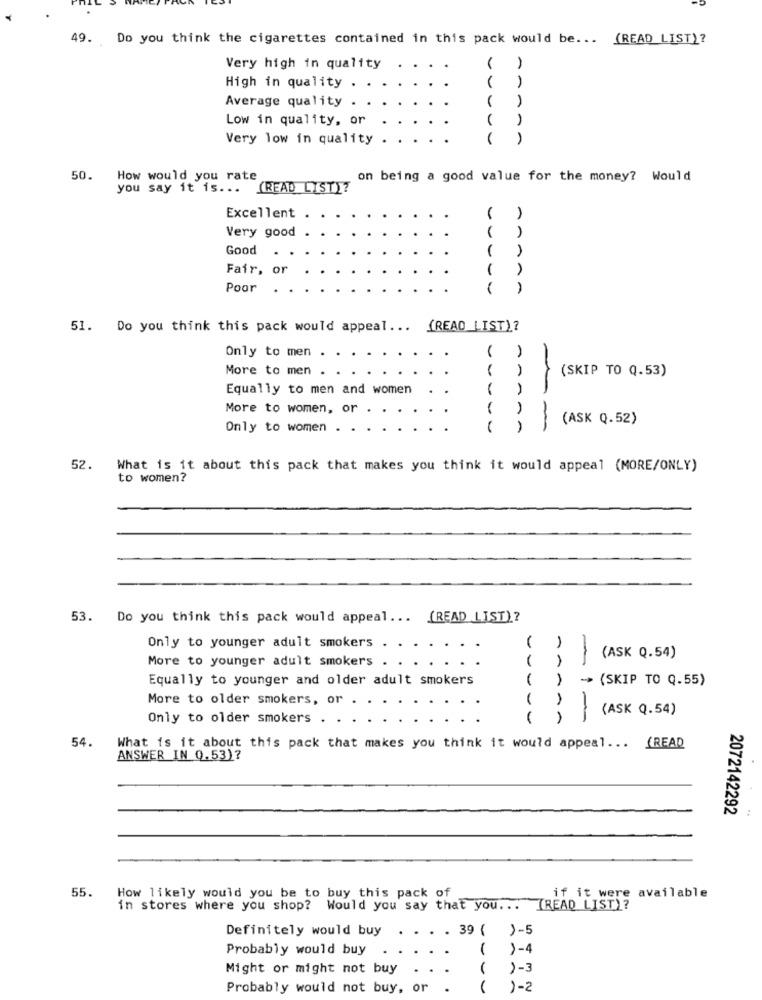
49.
Do you think the cigarettes contained in this pack would be ...
(READ_LIST)?
Very high in quality
High in quality
Average quality
Low in quality, or
Very low in quality
50. How would you rate
on being a good value for the money? Would
you say it is ...
(READ LIST)?
Excellent
Very good
Good
-
Fair, or
-
Poor
51. Do you think this pack would appeal ...
(READ_LIST)?
Only to men
More to men .
(SKIP TO Q.53)
Equally to men and women
-
-
More to women, or .
AA
(ASK Q.52)
Only to women .
-
-
52.
What is it about this pack that makes you think it would appeal (MORE/ONLY)
to women?
53.
Do you think this pack would appeal ..
[READ LIST)?
Only to younger adult smokers
-
(ASK Q.54)
More to younger adult smokers . . . . . .
Equally to younger and older adult smokers
1
(SKIP TO Q.55)
More to older smokers, or
AAA
(ASK Q.54)
Only to older smokers
-1-
54.
What is it about this pack that makes you think it would appeal ... (READ
ANSWER IN 0.53)?
2072142292
55.
How likely would you be to buy this pack of
if it were available
in stores where you shop? Would you say that you ... [READ LIST)?
Definitely would buy
..
. 39 ( )-5
Probably would buy
( )-4
Might or might not buy
)-3
Probably would not buy, or
.
(
1-2